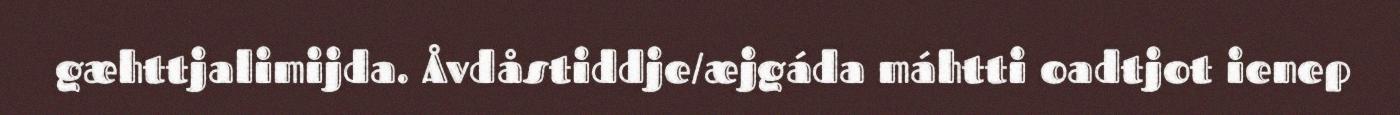
gæhttjalimijda. Åvdåstiddje/æjgáda máhtti oadtjot ienep